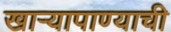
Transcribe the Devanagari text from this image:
खार्‍यापाण्याची